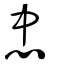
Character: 忠